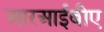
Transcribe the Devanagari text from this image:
आरआईबीए